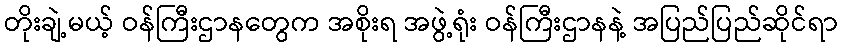
တိုးချဲ့မယ့် ဝန်ကြီးဌာနတွေက အစိုးရ အဖွဲ့ရုံး ဝန်ကြီးဌာနနဲ့ အပြည်ပြည်ဆိုင်ရာ